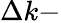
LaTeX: \Delta k-